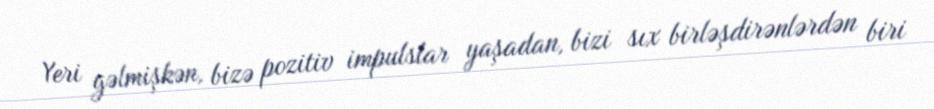
Yeri gəlmişkən, bizə pozitiv impulslar yaşadan, bizi sıx birləşdirənlərdən biri